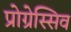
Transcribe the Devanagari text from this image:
प्रोग्रेस्सिव